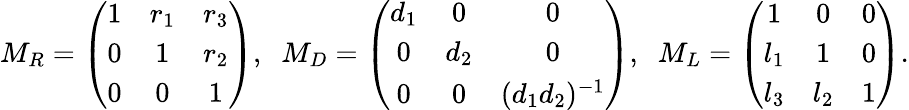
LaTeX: M_{R}=\left(\begin{array}{ccc}{{1}}&{{r_{1}}}&{{r_{3}}}\\ {{0}}&{{1}}&{{r_{2}}}\\ {{0}}&{{0}}&{{1}}\end{array}\right),\; \; M_{D}=\left(\begin{array}{ccc}{{d_{1}}}&{{0}}&{{0}}\\ {{0}}&{{d_{2}}}&{{0}}\\ {{0}}&{{0}}&{{(d_{1}d_{2})^{-1}}}\end{array}\right),\; \; M_{L}=\left(\begin{array}{ccc}{{1}}&{{0}}&{{0}}\\ {{l_{1}}}&{{1}}&{{0}}\\ {{l_{3}}}&{{l_{2}}}&{{1}}\end{array}\right).